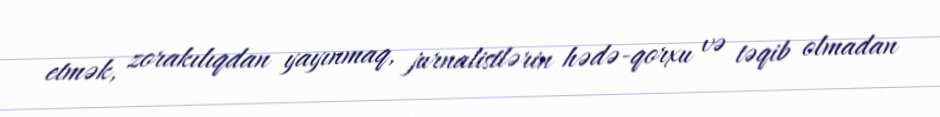
etmək, zorakılıqdan yayınmaq, jurnalistlərin hədə-qorxu və təqib olmadan